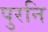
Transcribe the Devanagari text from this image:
पुरनि